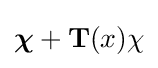
{\boldsymbol {\chi }}+\mathbf {T} (x){\chi }